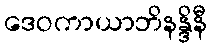
ဒေဝကာယာဘိနန္ဒိနီ